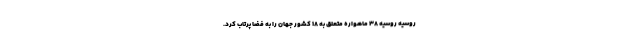
روسیه روسیه ۳۸ ماهواره متعلق به ۱۸ کشور جهان را به فضا پرتاب کرد.